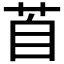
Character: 𦤅